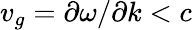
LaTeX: v_{g}=\partial\omega/\partial k<c